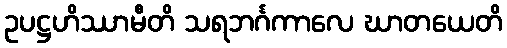
ဥပဋ္ဌဟိဿာမီတိ သရဘင်္ဂကာလေ ဃာတယေတိ